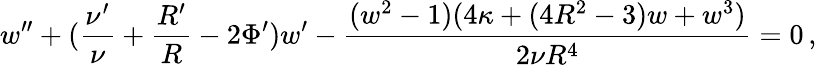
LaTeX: w^{\prime\prime}+(\frac{\nu^{\prime}}{\nu}+\frac{R^{\prime}}{R}-2\Phi^{\prime})w^{\prime}-\frac{(w^{2}-1)(4\kappa+(4R^{2}-3)w+w^{3})}{2\nu R^{4}}=0\, ,